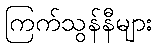
ကြက်သွန်နီများ